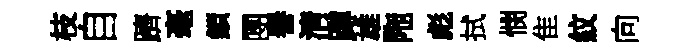
枝自躋毫鎖圑譽淸蹲雄陁彪拭憫隹紋向